Madras plague regulations and rules - Volume 2
Disease focus: Plague
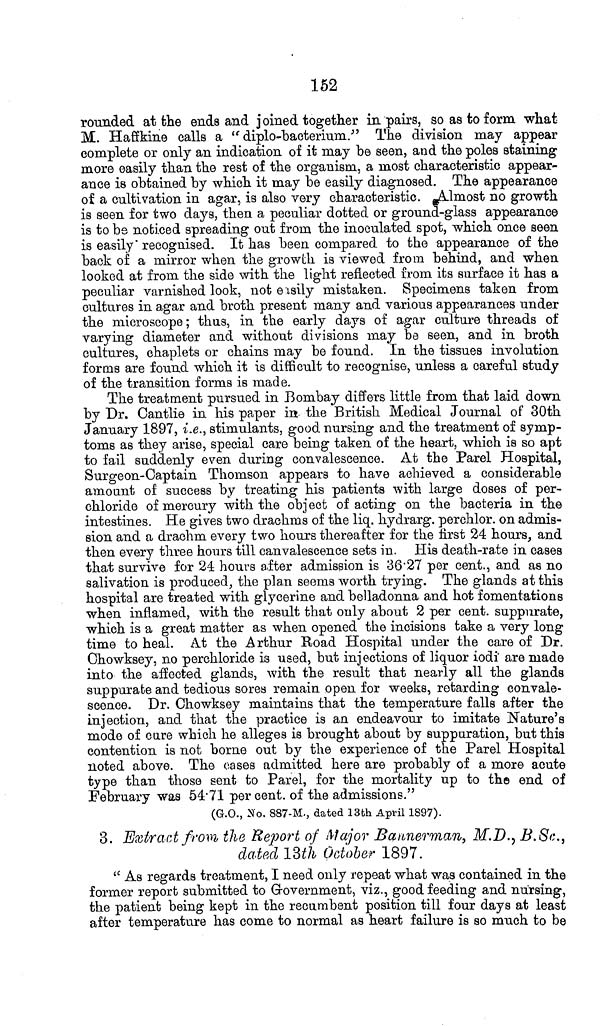
152
rounded at the ends and joined together in pairs, so as to form what
M. Haffkine calls a " diplo-bacterium." The division may appear
complete or only an indication of it may be seen, and the poles staining
more easily than the rest of the organism, a most characteristic appear-
ance is obtained by which it may be easily diagnosed. The appearance
of a cultivation in agar, is also very characteristic. Almost no growth
is seen for two days, then a peculiar dotted or ground-glass appearance
is to be noticed spreading out from the inoculated spot, which once seen
is easily recognised. It has been compared to the appearance of the
back of a mirror when the growth is viewed from behind, and when
looked at from the side with the light reflected from its surface it has a
peculiar varnished look, not easily mistaken. Specimens taken from
cultures in agar and broth present many and various appearances under
the microscope; thus, in the early days of agar culture threads of
varying diameter and without divisions may be seen, and in broth
cultures, chaplets or chains may be found. In the tissues involution
forms are found which it is difficult to recognise, unless a careful study
of the transition forms is made.
The treatment pursued in Bombay differs little from that laid down
by Dr. Cantlie in his paper in the British Medical Journal of 30th
January 1897, i.e., stimulants, good nursing and the treatment of symp-
toms as they arise, special care being taken of the heart, which is so apt
to fail suddenly even during convalescence. At the Parel Hospital,
Surgeon-Captain Thomson appears to have achieved a considerable
amount of success by treating his patients with large doses of per-
chloride of mercury with the object of acting on the bacteria in the
intestines. He gives two drachms of the liq. hydrarg. perchlor. on admis-
sion and a drachm every two hours thereafter for the first 24 hours, and
then every three hours till canvalescence sets in. His death-rate in cases
that survive for 24 hours after admission is 36 27 per cent., and as no
salivation is produced, the plan seems worth trying. The glands at this
hospital are treated with glycerine and belladonna and hot fomentations
when inflamed, with the result that only about 2 per cent. suppurate,
which is a great matter as when opened the incisions take a very long
time to heal. At the Arthur Road Hospital under the care of Dr.
Ohowksey, no perchloride is used, but injections of liquor iodi are made
into the affected glands, with the result that nearly all the glands
suppurate and tedious sores remain open for weeks, retarding convale-
scence. Dr. Chowksey maintains that the temperature falls after the
injection, and that the practice is an endeavour to imitate Nature's
mode of care which he alleges is brought about by suppuration, but this
contention is not borne out by the experience of the Parel Hospital
noted above. The cases admitted here are probably of a more acute
type than those sent to Parel, for the mortality up to the end of
February was 54 71 per cent. of the admissions."
(G.O., No. 887-M., dated 13th April 1897).
3. Extract from the Report of Major Baunerman, M.D., B.Sc.,
dated 13th October 1897.
" As regards treatment, I need only repeat what was contained in the
former report submitted to Grovernment, viz., good feeding and nursing,
the patient being kept in the recumbent position till four days at least
after temperature has come to normal as heart failure is so much to be